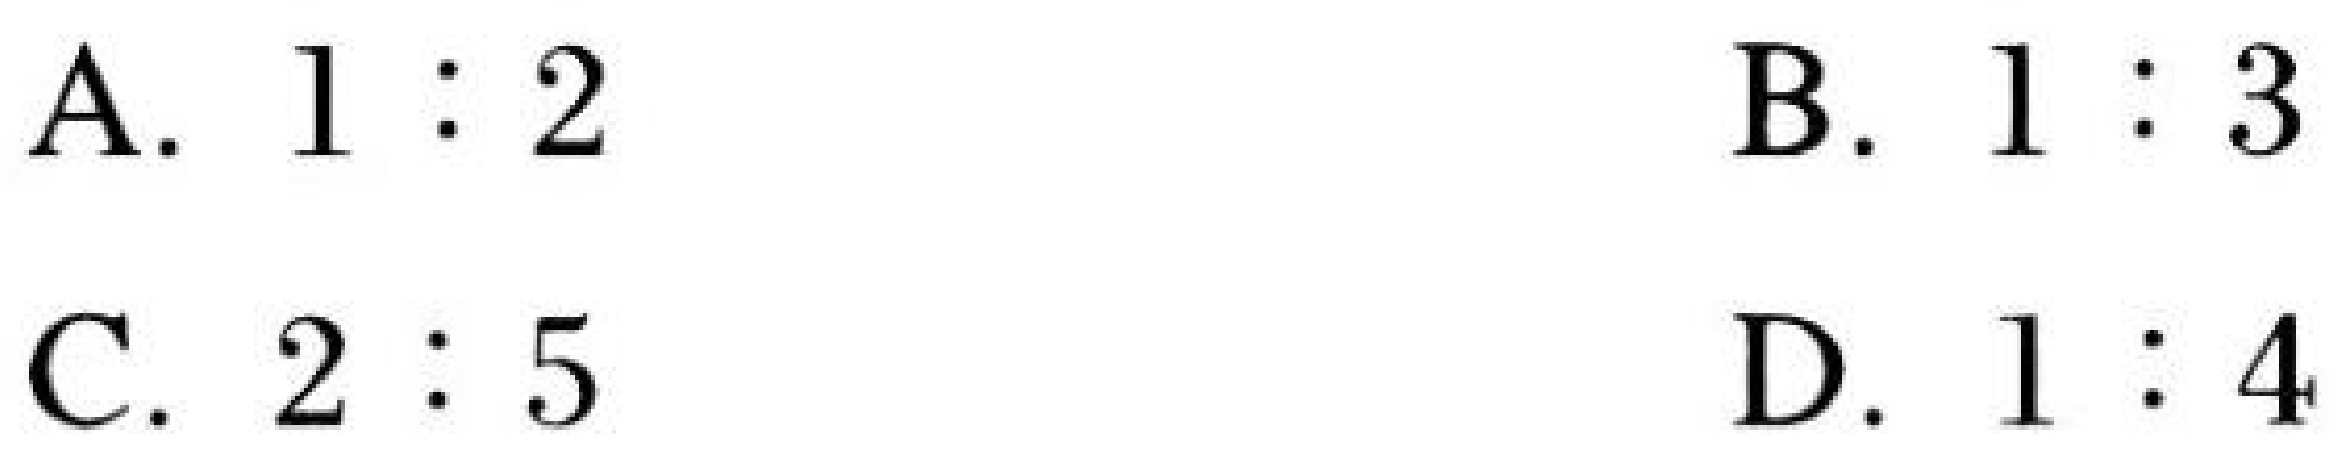
A. $1:2$
B. $1:3$
C. $2:5$
D. $1:4$